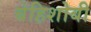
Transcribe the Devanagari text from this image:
बेहिशोबी